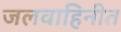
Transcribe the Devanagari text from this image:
जलवाहिनीत